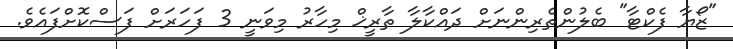
"ޒޯޔާ ފެކްޓާ" ބެލުންތެރިންނަށް ދައްކާލާ ތާރީޚް މިހާރު މިވަނީ 3 ފަހަރަށް ފަސްކޮށްފައެވެ.